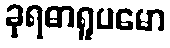
ခုရဓာရူပမော